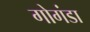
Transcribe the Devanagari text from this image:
गोगंडा